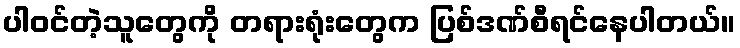
ပါဝင်တဲ့သူတွေကို တရားရုံးတွေက ပြစ်ဒဏ်စီရင်နေပါတယ်။